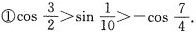
①$$\cos \frac{3}{2}>\sin \frac{1}{10}>-\cos \frac{7}{4}$$.